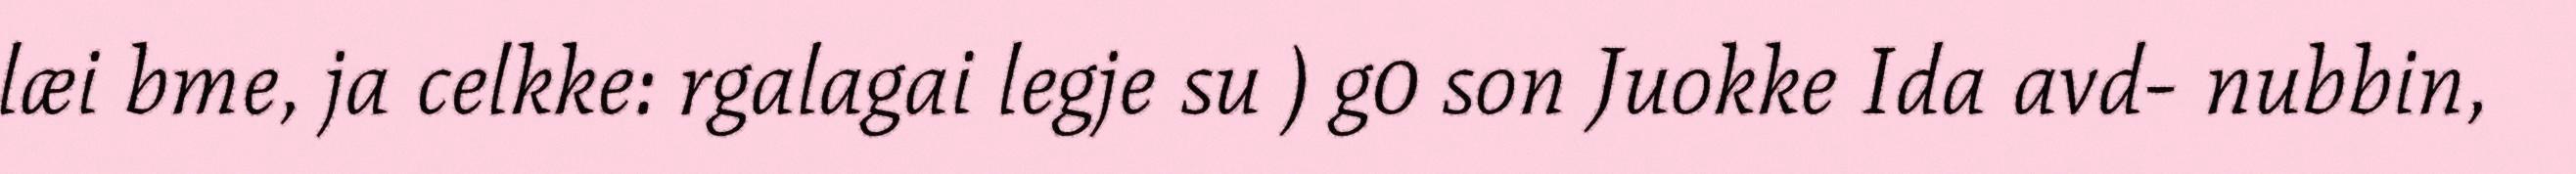
læi bme, ja celkke: rgalagai legje su ) g0 son Juokke Ida avd- nubbin,